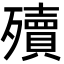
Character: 殰